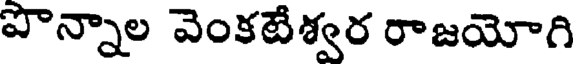
పొన్నాల వెంకటేశ్వర రాజయోగి